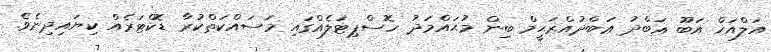
އަލްއަޚް އަބޫ ޢަބްދު ޢަބްދުއްރަޙީމް ބިން މުޙައްމަދު ހޮސްޕިޓަލެއްގައި މަސައްކަތްކުރާ ޑޮކްޓަރެއް ކިޔައިދިނެވެ.